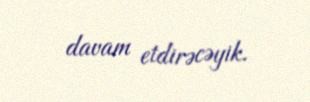
davam etdirəcəyik.